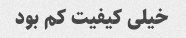
خیلی کیفیت کم بود